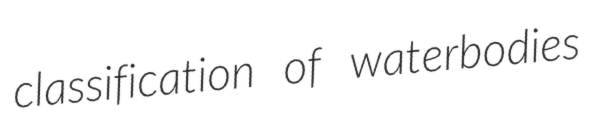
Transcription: classification of waterbodies